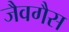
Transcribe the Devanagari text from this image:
जैवगैस